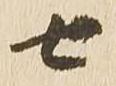
七